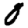
Digit: 0